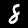
Label: 8